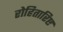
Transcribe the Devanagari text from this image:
रोहितारिष्ट